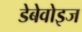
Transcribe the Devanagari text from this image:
डेबेवोइज